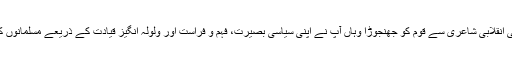
جہاں ایک طرف اقبال نے اپنی انقلابی شاعری سے قوم کو جھنجوڑا وہاں آپ نے اپنی سیاسی بصیرت، فہم و فراست اور ولولہ انگیز قیادت کے ذریعے مسلمانوں کو ایک پلیٹ فارم پر اکٹھا کیا۔